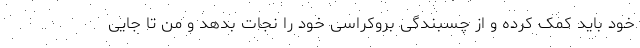
خود باید کمک کرده و از چسبندگی بروکراسی خود را نجات بدهد و من تا جایی